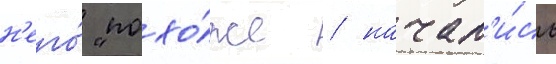
н'его́ "похо́же / начал'и́сь